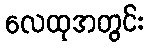
လေထုအတွင်း